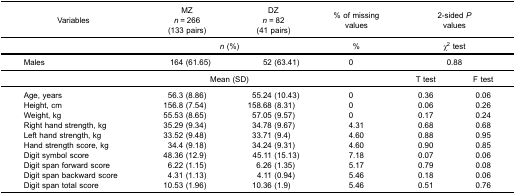
<table><thead><tr><td><b>Variables</b></td><td><b>MZ<i>n</i> = 266(133 pairs)</b></td><td><b>DZ<i>n</i> = 82(41 pairs)</b></td><td><b>% of missingvalues</b></td><td colspan="2"><b>2-sided <i>P</i>values</b></td></tr></thead><tbody><tr><td> </td><td colspan="2"><i>n</i> (%)</td><td>%</td><td colspan="2">χ<sup>2</sup> test</td></tr><tr><td>Males</td><td>164 (61.65)</td><td>52 (63.41)</td><td>0</td><td colspan="2">0.88</td></tr><tr><td> </td><td colspan="2">Mean (SD)</td><td> </td><td>T test</td><td>F test</td></tr><tr><td>Age, years</td><td>56.3 (8.86)</td><td>55.24 (10.43)</td><td>0</td><td>0.36</td><td>0.06</td></tr><tr><td>Height, cm</td><td>156.8 (7.54)</td><td>158.68 (8.31)</td><td>0</td><td>0.06</td><td>0.26</td></tr><tr><td>Weight, kg</td><td>55.53 (8.65)</td><td>57.05 (9.57)</td><td>0</td><td>0.17</td><td>0.24</td></tr><tr><td>Right hand strength, kg</td><td>35.29 (9.34)</td><td>34.78 (9.67)</td><td>4.31</td><td>0.68</td><td>0.68</td></tr><tr><td>Left hand strength, kg</td><td>33.52 (9.48)</td><td>33.71 (9.4)</td><td>4.60</td><td>0.88</td><td>0.95</td></tr><tr><td>Hand strength score, kg</td><td>34.4 (9.18)</td><td>34.24 (9.31)</td><td>4.60</td><td>0.90</td><td>0.85</td></tr><tr><td>Digit symbol score</td><td>48.36 (12.9)</td><td>45.11 (15.13)</td><td>7.18</td><td>0.07</td><td>0.06</td></tr><tr><td>Digit span forward score</td><td>6.22 (1.15)</td><td>6.26 (1.35)</td><td>5.17</td><td>0.79</td><td>0.08</td></tr><tr><td>Digit span backward score</td><td>4.31 (1.13)</td><td>4.11 (0.94)</td><td>5.46</td><td>0.18</td><td>0.06</td></tr><tr><td>Digit span total score</td><td>10.53 (1.96)</td><td>10.36 (1.9)</td><td>5.46</td><td>0.51</td><td>0.76</td></tr></tbody></table>